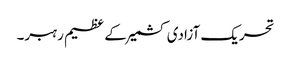
تحریک آزادی کشمیر کے عظیم رہبر۔